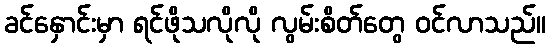
ခင်နှောင်းမှာ ရင်ဖိုသလိုလို လွမ်းစိတ်တွေ ဝင်လာသည်။